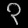
Digit: ၃